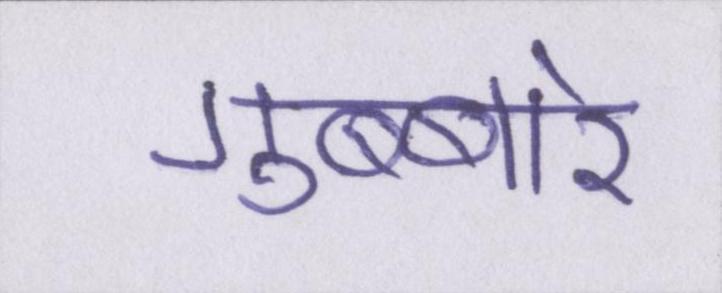
गुब्बारे